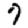
Digit: 7